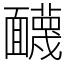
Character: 䩏